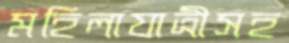
মহিলাযাত্রীসহ